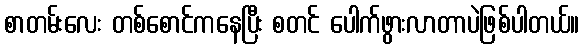
စာတမ်းလေး တစ်စောင်ကနေပြီး စတင် ပေါက်ဖွားလာတာပဲဖြစ်ပါတယ်။